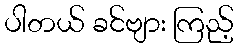
ပါတယ် ခင်ဗျား ကြည့်